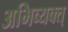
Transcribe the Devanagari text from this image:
अभिव्यक्त्